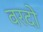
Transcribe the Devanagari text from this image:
वरदो